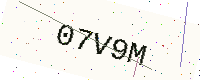
Text: 07V9M